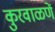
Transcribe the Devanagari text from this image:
कुरवाळणें